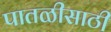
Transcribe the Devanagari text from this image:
पातळीसाठी